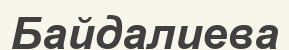
Байдалиева